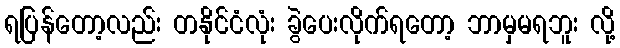
ရပြန်တော့လည်း တနိုင်ငံလုံး ခွဲပေးလိုက်ရတော့ ဘာမှမရဘူး လို့